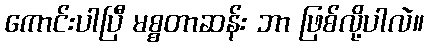
ကောင်းပါပြီ မစ္စတာဆန်း ဘာ ဖြစ်လို့ပါလဲ။